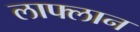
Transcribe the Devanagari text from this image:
लाफ्लान